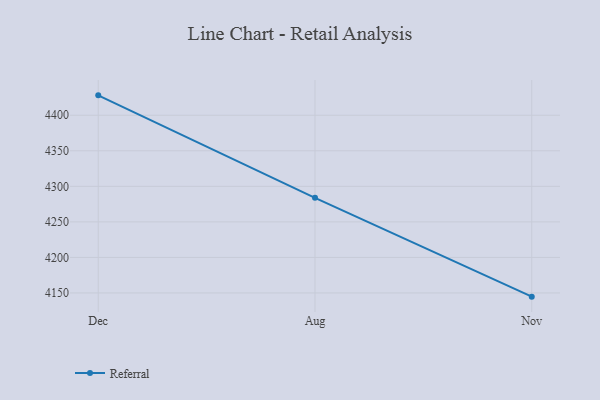
{"axis": {"x": "Month", "y": "Active Users"}, "legend": ["Referral"], "data": [{"x": "Dec", "y": 4428.0, "type": "Referral"}, {"x": "Aug", "y": 4283.8, "type": "Referral"}, {"x": "Nov", "y": 4144.8, "type": "Referral"}]}